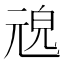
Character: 𠒜